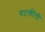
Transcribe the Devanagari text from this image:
चटकीली